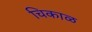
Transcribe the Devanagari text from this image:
चिकाळ